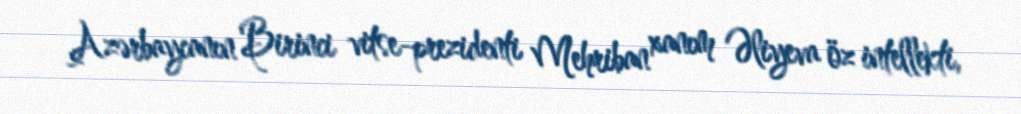
Azərbaycanın Birinci vitse-prezidenti Mehriban xanım Əliyeva öz intellekti,